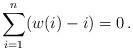
LaTeX: \begin{align*}\sum_{i=1}^n(w(i)-i)=0\,.\end{align*}